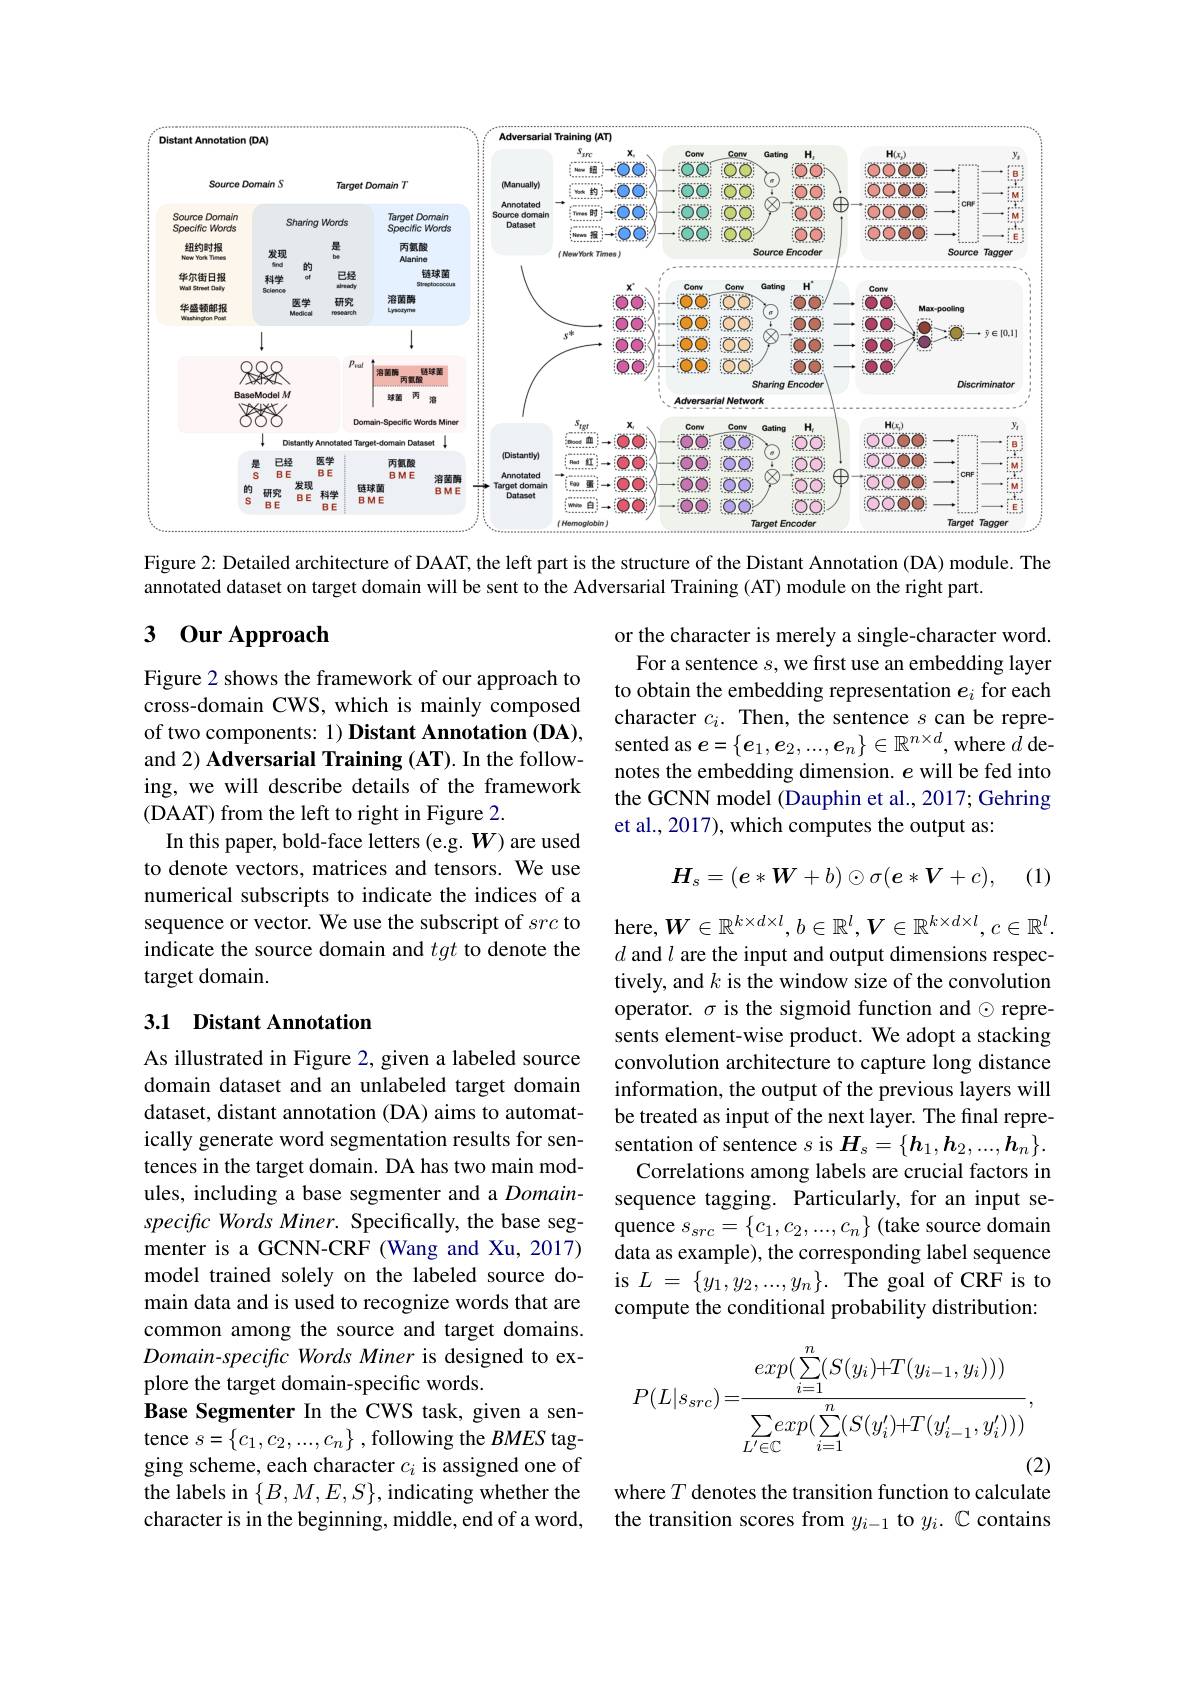
<FigureHere>

Figure 2: Detailed architecture of DAAT, the left part is the structure of the Distant Annotation (DA) module. The
annotated dataset on target domain will be sent to the Adversarial Training (AT) module on the right part.

## 3 0ur Approach

or the character is merely a single-character word. For a sentence $s$, we first use an embedding layer to obtain the embedding representation $e_i$ for each character $c_i.$ Then, the sentence $s$ can be repre-
of two components: 1) Distant Annotation (DA), sented as $e=\{e_1,e_2,...,e_n\}\in\mathbb{R}^{n\times d}$,where $d$ de-
notes the embedding dimension. $e$ will be fed into the GCNN model (Dauphin et al., 2017; Gehring et al., 2017), which computes the output as:

Figure 2 shows the framework of our approach to cross-domain CWS, which is mainly composed and 2) Adversarial Training (AT). In the following, we will describe details of the framework (DAAT) from the left to right in Figure 2.
In this paper, bold-face letters (e.g. $W$) are used to denote vectors, matrices and tensors. We use numerical subscripts to indicate the indices of a sequence or vector. We use the subscript of src to indicate the source domain and tgt to denote the target domain.
$$H_s=(\boldsymbol{e}*\boldsymbol{W}+b)\odot\sigma(\boldsymbol{e}*\boldsymbol{V}+c),$$
(1)

### 3.1 Distant Annotation

here,$W\in\mathbb{R}^{k\times d\times l},b\in\mathbb{R}^l,V\in\mathbb{R}^{k\times d\times l},c\in\mathbb{R}^l.$ $d$ and $l$ are the input and output dimensions respectively, and $k$ is the window size of the convolution operator. $\sigma$ is the sigmoid function and $\odot$ represents element-wise product. We adopt a stacking convolution architecture to capture long distance information, the output of the previous layers will be treated as input of the next layer. The final representation of sentence $s$ is $\boldsymbol H_s=\{\boldsymbol h_1,\boldsymbol{h}_2,...,\boldsymbol{h}_n\}.$ Correlations among labels are crucial factors in sequence tagging. Particularly, for an input sequence $s_src=\{c_1,c_2,...,c_n\}$ (take source domain data as example), the corresponding label sequence
model trained solely on the labeled source do- is $L=\{y_1,y_2,...,y_n\}.$ The goal of CRF is to
compute the conditional probability distribution:

As illustrated in Figure 2, given a labeled source domain dataset and an unlabeled target domain dataset, distant annotation (DA) aims to automatically generate word segmentation results for sentences in the target domain. DA has two main modules, including a base segmenter and a Domainspecific Words Miner. Specifically, the base segmenter is a GCNN-CRF (Wang and Xu,2017) main data and is used to recognize words that are common among the source and target domains. Domain-specific Words Miner is designed to explore the target domain-specific words.
Base Segmenter In the CWS task, given a sentence $s=\{c_1,c_2,...,c_n\}$ ,following the $BMES$ tagging scheme, each character $c_i$ is assigned one of the labels in $\{B,M,E,S\}$, indicating whether the character is in the beginning, middle, end of a word,
$$P(L|s_{src})=\frac{exp(\sum_{i=1}^{n}(S(y_{i})+T(y_{i-1},y_{i})))}{\sum_{L'\in\mathbb{C}}exp(\sum_{i=1}^{n}(S(y_{i}')+T(y_{i-1}',y_{i}')))},$$
where $T$ denotes the transition function to calculate

the transition scores from $y_{i-1}$ to $y_i.\mathbb{C}$ contains